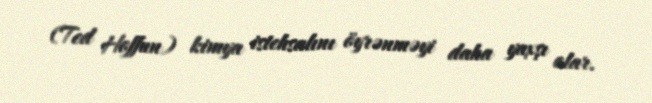
(Ted Hoffun) kimya istehsalını öyrənməyi daha yaxşı olar.